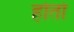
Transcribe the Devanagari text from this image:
होताे